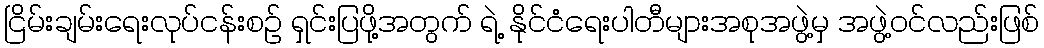
ငြိမ်းချမ်းရေးလုပ်ငန်းစဉ် ရှင်းပြဖို့အတွက် ရဲ့ နိုင်ငံရေးပါတီများအစုအဖွဲ့မှ အဖွဲ့ဝင်လည်းဖြစ်